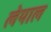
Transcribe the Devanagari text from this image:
लेयाल